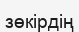
зөкірдің